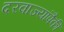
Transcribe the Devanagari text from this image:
दरवाज्यांपैकी